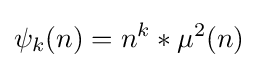
\psi _{k}(n)=n^{k}*\mu ^{2}(n)